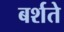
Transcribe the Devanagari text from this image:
बर्शते